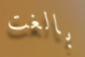
بالغت